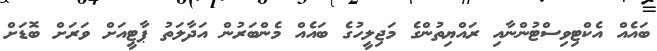
ބައެއް އެކްޓިވިސްޓުންނާއި ރައްޔިތުންގެ މަޖިލީހުގެ ބައެއް މެންބަރުން އަދާލަތު ޕާޓީއަށް ވަރަށް ބޮޑަށް